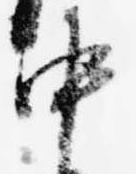
中